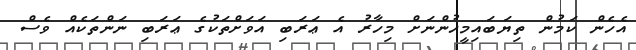
އެހެން ކަމުން ތިޔަބައިމީހުންނަށް މިހާރު އެ ޢަރަބި އަވަށްތަކުގެ ޢަރަބި ނަންތަކެއް ވެސް